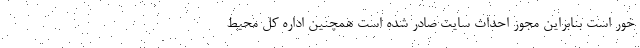
خور است بنابراین مجوز احداث سایت صادر شده است همچنین اداره کل محیط